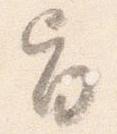
旨